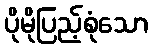
ပိုမိုပြည့်စုံသော